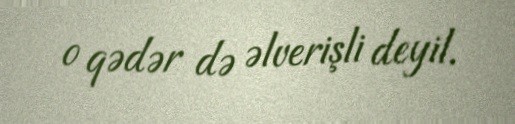
o qədər də əlverişli deyil.